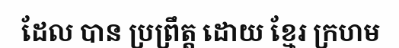
ដែល បាន ប្រព្រឹត្ត ដោយ ខ្មែរ ក្រហម